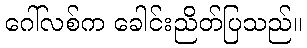
ဂေါ်လစ်က ခေါင်းညိတ်ပြသည်။